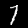
Digit: 7